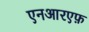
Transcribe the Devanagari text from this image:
एनआरएफ़